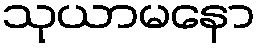
သုယာမနော